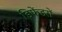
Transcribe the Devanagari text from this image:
डिफेंडरों